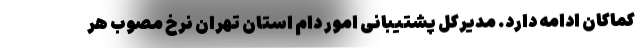
کماکان ادامه دارد. مدیرکل پشتیبانی امور دام استان تهران نرخ مصوب هر